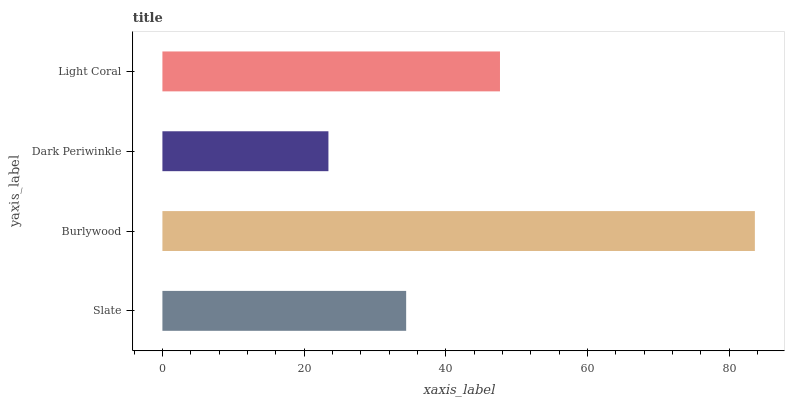
| yaxis_label | bars |
 | --- | --- |
 | Slate | 34.4 |
 | Burlywood | 83.6 |
 | Dark Periwinkle | 23.4 |
 | Light Coral | 47.6 |